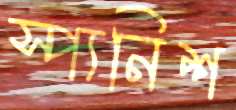
স্প্যনিশ